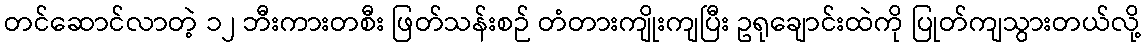
တင်ဆောင်လာတဲ့ ၁၂ ဘီးကားတစီး ဖြတ်သန်းစဉ် တံတားကျိုးကျပြီး ဥရုချောင်းထဲကို ပြုတ်ကျသွားတယ်လို့